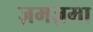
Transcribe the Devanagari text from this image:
ज़मज़मा